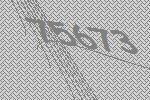
75673